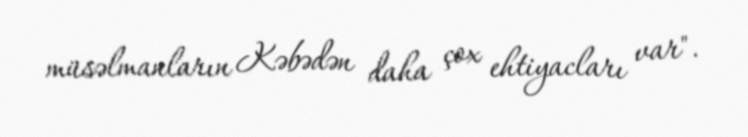
müsəlmanların Kəbədən daha çox ehtiyacları var".